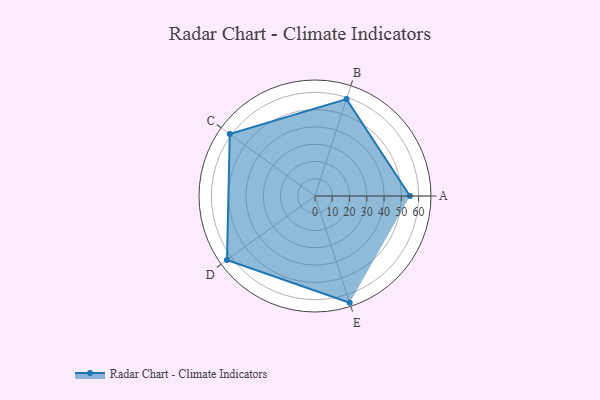
{"axis": {"x": "Skill", "y": "Score"}, "legend": ["Profile"], "data": [{"x": "A", "y": 55.0, "type": "Profile"}, {"x": "B", "y": 59.0, "type": "Profile"}, {"x": "C", "y": 61.0, "type": "Profile"}, {"x": "D", "y": 63.0, "type": "Profile"}, {"x": "E", "y": 65.0, "type": "Profile"}]}